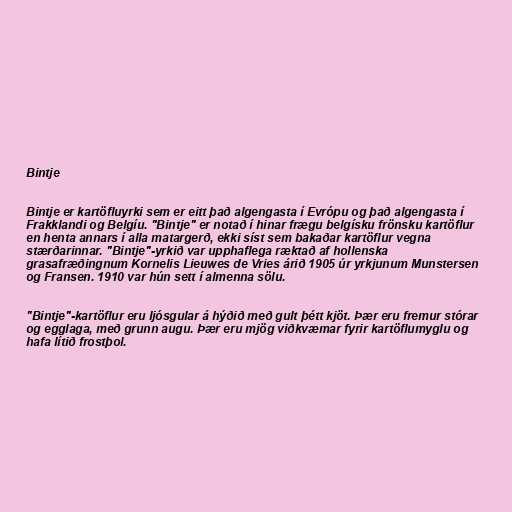
Bintje

Bintje er kartöfluyrki sem er eitt það algengasta í Evrópu og það algengasta í
Frakklandi og Belgíu. "Bintje" er notað í hinar frægu belgísku frönsku kartöflur
en henta annars í alla matargerð, ekki síst sem bakaðar kartöflur vegna
stærðarinnar. "Bintje"-yrkið var upphaflega ræktað af hollenska
grasafræðingnum Kornelis Lieuwes de Vries árið 1905 úr yrkjunum Munstersen
og Fransen. 1910 var hún sett í almenna sölu.

"Bintje"-kartöflur eru ljósgular á hýðið með gult þétt kjöt. Þær eru fremur stórar
og egglaga, með grunn augu. Þær eru mjög viðkvæmar fyrir kartöflumyglu og
hafa lítið frostþol.